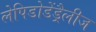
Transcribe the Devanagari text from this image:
लेपिडोडेंड्रैलीज